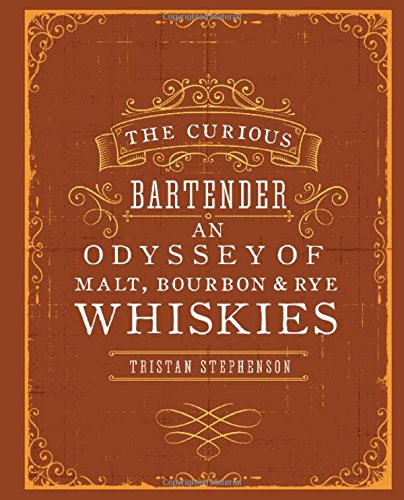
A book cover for The Curious Bartender: An Odyssey of Malt Bourbon & Rye Whiskies; Tristan Stephenson; Cookbooks, Food & Wine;